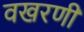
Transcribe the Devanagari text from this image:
वखरणी